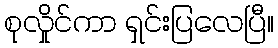
စုလှိုင်ကာ ရှင်းပြလေပြီ။